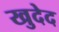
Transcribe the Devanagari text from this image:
खुदेद